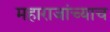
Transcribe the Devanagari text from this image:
महाराजांच्याच